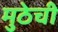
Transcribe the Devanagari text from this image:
मुठेची